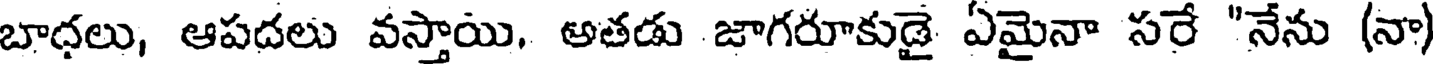
బాధలు, ఆపదలు వస్తాయి, అతడు జాగరూకుడై ఏమైనా సరే "నేను (నా)